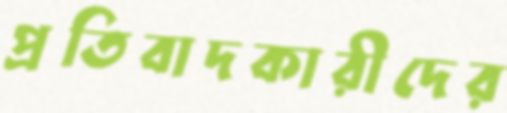
প্রতিবাদকারীদের